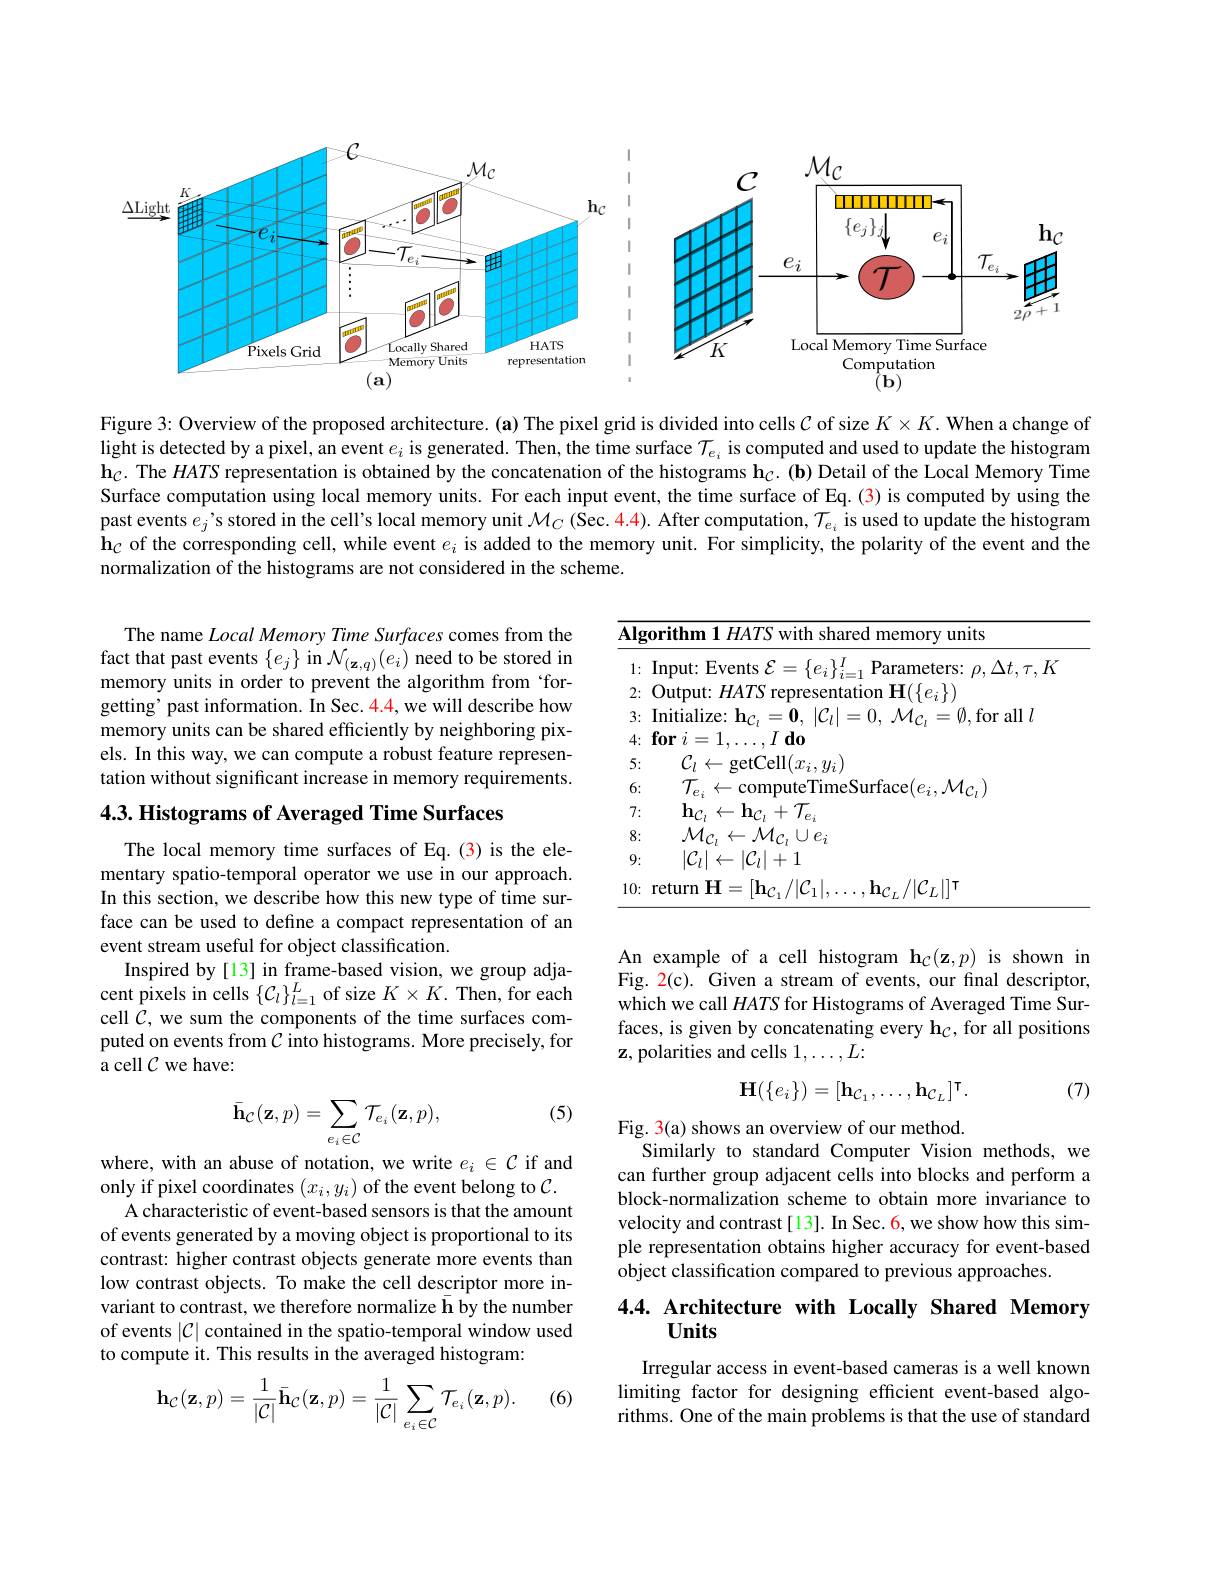
<FigureHere>

Figure 3: Overview of the proposed architecture. (a) The pixel grid is divided into cells $\mathcal{C}$ of size $K\times K.$ When a change of light is detected by a pixel, an event $e_i$ is generated. Then, the time surface $\mathcal{T}_{e_i}$ is computed and used to update the histogram $\mathbf{h}_C.$ The $HATS$ representation is obtained by the concatenation of the histograms $\mathbf{h}_C.(\mathbf{b})$ Detail of the Local Memory Time Surface computation using local memory units. For each input event, the time surface of Eq. (3) is computed by using the past events $\hat{e_j}$ 's stored in the cell's local memory unit $\mathcal{M}_C$ (Sec. 4.4). After computation, $\mathcal{T}_{e_i}$ is used to update the histogram $\mathbf{h}_{C}$ of the corresponding cell, while event $e_i$ is added to the memory unit. For simplicity, the polarity of the event and the normalization of the histograms are not considered in the scheme.

The name Local Memory Time Surfaces comes from the fact that past events $\{e_j\}$ in $\mathcal{N}_(\mathbf{z},q)(e_i)$ need to be stored in memory units in order to prevent the algorithm from ‘forgetting’ past information. În Sec. 4.4, we will describe how memory units can be shared efficiently by neighboring pixels. In this way, we can compute a robust feature representation without significant increase in memory requirements.

<table>
	<tbody>
		<tr>
			<td>$\overline{\textbf{Algorit}}$</td>
			<td>$\overline{\mathbf{A}}$</td>
			<td>$\mathbf{nm1}HATS$ with shared memory units</td>
		</tr>
		<tr>
			<td>5:</td>
			<td>$\xi$</td>
			<td>$\mathcal{C}_{l}\leftarrow$getCell$(x_i,y_i]$</td>
		</tr>
		<tr>
			<td>6:</td>
			<td>$t$</td>
			<td>$\psi_{\alpha}$</td>
		</tr>
		<tr>
			<td>7:</td>
			<td> </td>
			<td>$\mathbf{h}_{\mathcal{C}_{l}}\leftarrow\mathbf{h}_{\mathcal{C}_{l}}+\mathcal{T}_{e}$</td>
		</tr>
		<tr>
			<td>8:</td>
			<td>$\sum_{i=1}^{\infty}$</td>
			<td>$\cup e_i$</td>
		</tr>
		<tr>
			<td>9:</td>
			<td>$\textbf{[ }$</td>
			<td>$|\mathcal{C}_{l}|\leftarrow|\mathcal{C}_{l}|+1$</td>
		</tr>
		<tr>
			<td>10: retur</td>
			<td>1( </td>
			<td>$\operatorname{rn}\mathbf{H}=[\mathbf{h}_{\mathcal{C}_{1}}/|\mathcal{C}_{1}|.$ $,\mathbf{h}_{\mathcal{C}_L}/|\mathcal{C}_L||^{\mathsf{T}}$</td>
		</tr>
	</tbody>
</table>

4.3. Histograms of Averaged Time Surfaces

The local memory time surfaces of Eq.(3) is the elementary spatio-temporal operator we use in our approach. In this section, we describe how this new type of time surface can be used to define a compact representation of an event stream useful for object classification.
Inspired by[13] in frame-based vision, we group adjacent pixels in cells $\{C_l\}_l=1^L$ of size $K\times K.$ Then, for each cell $C$, we sum the components of the time surfaces computed on events from $C$ into histograms. More precisely, for a cell $\mathcal{C}$ we have:

$\begin{array}{l}\mathrm{An~example~of~a~cell~histogram~h}_{C}(\mathbf{z},p)&\mathrm{is~shown~in}\\\mathrm{Fig.~2(c).~Given~a~stream~of~events,~our~final~descriptor,}\end{array}$ which we call $HATS$ for Histograms of Averaged Time Surfaces, is given by concatenating every $\mathbf{h}_{\mathcal{C}}$, for all positions $\mathbf{z}$, polarities and cells $1,\ldots,L:$
$$\mathbf{H}(\{e_{i}\})=[\mathbf{h}_{\mathcal{C}_{1}},\ldots,\mathbf{h}_{\mathcal{C}_{L}}]^{\intercal}.$$
(7)

(5)
$$\bar{\mathbf{h}}_{\mathcal{C}}(\mathbf{z},p)=\sum_{e_{i}\in\mathcal{C}}\mathcal{T}_{e_{i}}(\mathbf{z},p),$$
Fig. 3(a) shows an overview of our method.
Similarly to standard Computer Vision methods, we can further group adjacent cells into blocks and perform a block-normalization scheme to obtain more invariance to velocity and contrast[13]. In Sec. 6, we show how this simple representation obtains higher accuracy for event-based object classification compared to previous approaches.

where, with an abuse of notation, we write $e_i\in\mathcal{C}$ if and only if pixel coordinates $(x_i,y_i)$ of the event belong to $\mathcal{C}.$
A characteristic of event-based sensors is that the amount of events generated by a moving object is proportional to its contrast: higher contrast objects generate more events than low contrast objects. To make the cell descriptor more invariant to contrast, we therefore normalize $\bar{\text{h by the number}}$ of events $|\mathcal{C}|$ contained in the spatio-temporal window used to compute it. This results in the averaged histogram:

## 4.4. Architecture with Locally Shared Memory Units

Irregular access in event-based cameras is a well known limiting factor for designing efficient event-based algorithms. One of the main problems is that the use of standard

(6)
$$\mathbf{h}_{\mathcal{C}}(\mathbf{z},p)=\frac{1}{|\mathcal{C}|}\bar{\mathbf{h}}_{\mathcal{C}}(\mathbf{z},p)=\frac{1}{|\mathcal{C}|}\sum_{e_{i}\in\mathcal{C}}\mathcal{T}_{e_{i}}(\mathbf{z},p).$$